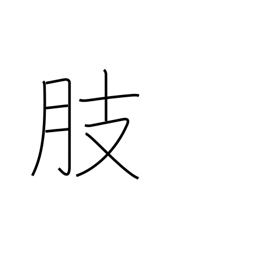
Meaning: limb